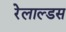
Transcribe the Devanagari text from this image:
रेलाल्डस